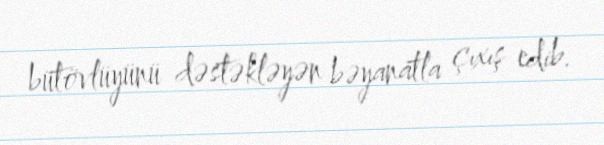
bütövlüyünü dəstəkləyən bəyanatla çıxış edib.